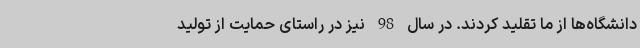
دانشگاه‌ها از ما تقلید کردند. در سال 98 نیز در راستای حمایت از تولید